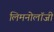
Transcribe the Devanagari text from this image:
लिमनोलॉजी